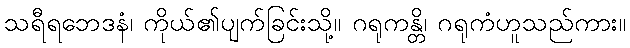
သရီရဘေဒနံ၊ ကိုယ်၏ပျက်ခြင်းသို့။ ဂရုကန္တိ၊ ဂရုကံဟူသည်ကား။